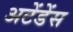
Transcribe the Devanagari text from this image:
अटेंडेंस